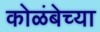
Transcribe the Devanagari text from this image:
कोळंबेच्या